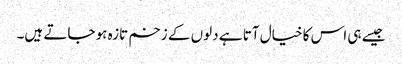
جیسے ہی اس کا خیال آتا ہے دلوں کے زخم تازہ ہو جاتے ہیں۔